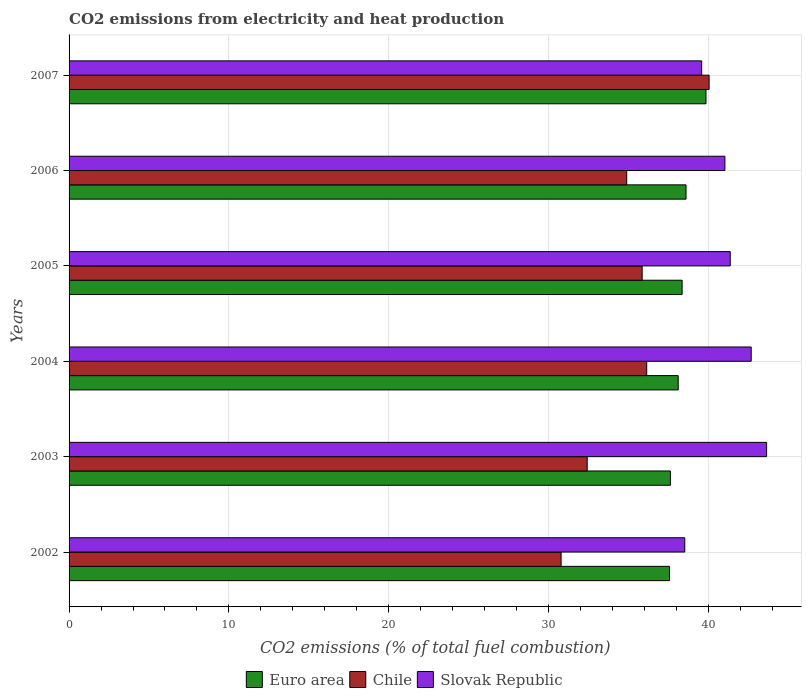
| Years | Euro area | Chile | Slovak Republic |
 | --- | --- | --- | --- |
 | 2002 | 37.6 | 30.8 | 38.5 |
 | 2003 | 37.6 | 32.4 | 43.6 |
 | 2004 | 38.1 | 36.1 | 42.7 |
 | 2005 | 38.4 | 35.9 | 41.4 |
 | 2006 | 38.6 | 34.9 | 41 |
 | 2007 | 39.8 | 40 | 39.6 |